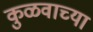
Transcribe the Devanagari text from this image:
कुळवाच्या